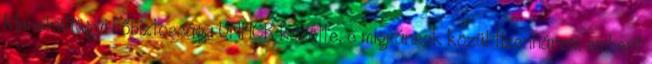
Menekültügyi Főbiztossága UNHCR közölte, e migránsok közül tizenhárom embert